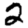
Digit: 2